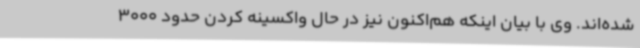
شده‌اند. وی با بیان اینکه هم‌اکنون نیز در حال واکسینه کردن حدود 3000